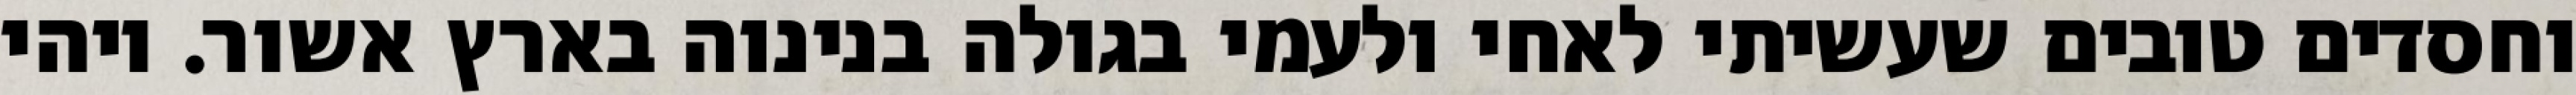
וחסדים טובים שעשיתי לאחי ולעמי בגולה בנינוה בארץ אשור. ויהי